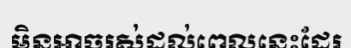
មិនអាចរស់ដល់ពេលនេះដែរ